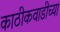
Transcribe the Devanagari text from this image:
काठीकवाडीच्या